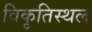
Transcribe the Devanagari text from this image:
विकृतिस्थल